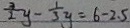
\frac { 3 } { 2 } y - \frac { 1 } { 3 } y = 6 - 2 . 5